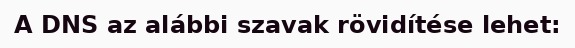
A DNS az alábbi szavak rövidítése lehet: